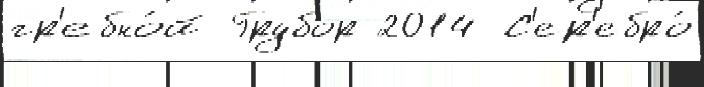
гр'ебно́й Грубор 2014 С'ер'ебро́